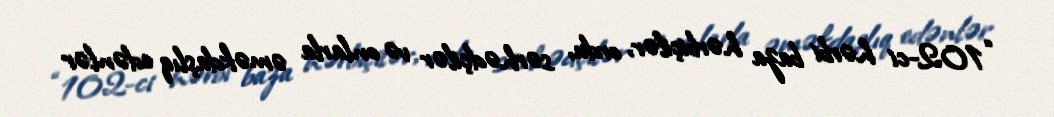
“102-ci hərbi baza hərbiçilər, ordu, sərhədçilər və onlarla əməkdaşlıq edənlər